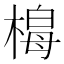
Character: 𭫟